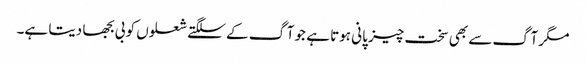
مگر آگ سے بھی سخت چیز پانی ہوتا ہے جو آگ کے سلگتے شعلوں کو بی بجھا دیتا ہے۔